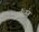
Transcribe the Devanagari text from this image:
जॉन्संस